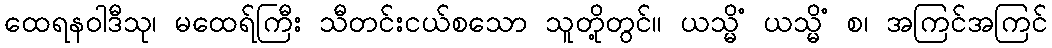
ထေရနဝါဒီသု၊ မထေရ်ကြီး သီတင်းငယ်စသော သူတို့တွင်။ ယသ္မိံ ယသ္မိံ စ၊ အကြင်အကြင်